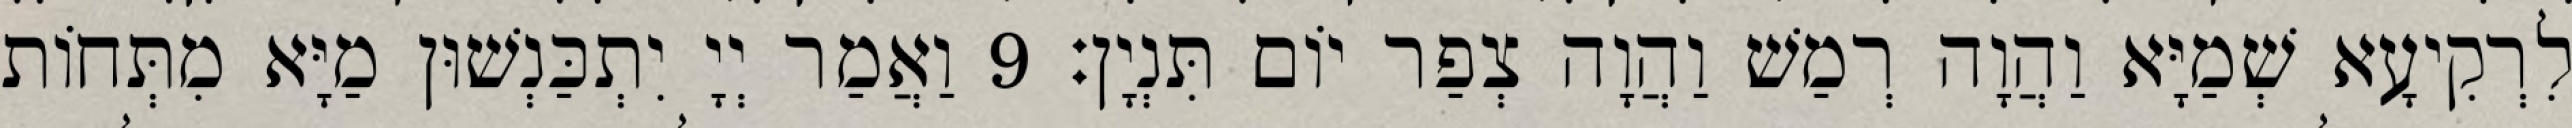
לִרְקִיעָא שְׁמַיָּא וַהֲוָה רְמַשׁ וַהֲוָה צְפַר יוֹם תִּנְיָן׃ 9 וַאֲמַר יְיָ יִתְכַּנְשׁוּן מַיָּא מִתְּחוֹת